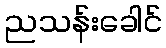
ညသန်းခေါင်